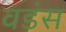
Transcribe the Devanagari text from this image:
वडंस